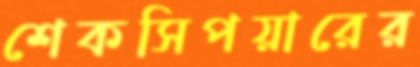
শেকসিপয়ারের